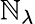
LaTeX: \mathbb{N}_{\lambda}